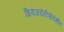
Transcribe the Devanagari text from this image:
शिवजयंतीसंदर्भात